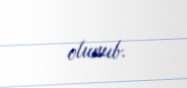
olunub.